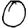
Digit: 0